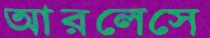
আরলেসে